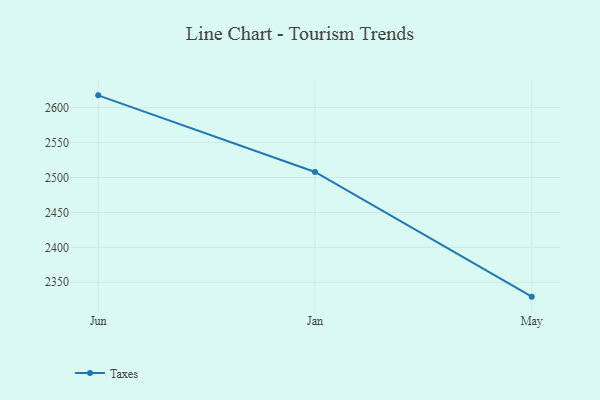
{"axis": {"x": "Month", "y": "Website Visitors"}, "legend": ["Taxes"], "data": [{"x": "Jun", "y": 2617.7, "type": "Taxes"}, {"x": "Jan", "y": 2508.0, "type": "Taxes"}, {"x": "May", "y": 2329.4, "type": "Taxes"}]}